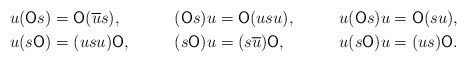
\begin{align*} u(\mathsf{O}s) &= \mathsf{O}(\overline{u}s), & (\mathsf{O}s) u &= \mathsf{O}(us u), & u(\mathsf{O}s)u &= \mathsf{O}(s u), \\ u(s\mathsf{O}) &= (us u)\mathsf{O}, & (s\mathsf{O}) u &= (s \overline{u})\mathsf{O}, & u(s\mathsf{O})u &= (us)\mathsf{O}. \end{align*}